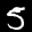
Label: 5